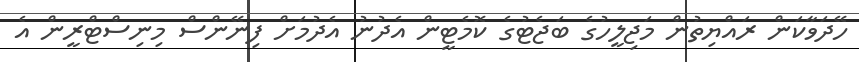
ހޭދަވާކަން ރައްޔިތުން މަޖިލީހުގެ ބަޖެޓުގެ ކޮމެޓީން އެދުނު އެދުމަށް ފިނޭންސް މިނިސްޓްރީން އެ